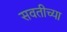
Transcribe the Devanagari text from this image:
सवतीच्या